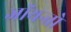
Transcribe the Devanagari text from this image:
जॉयन्तो